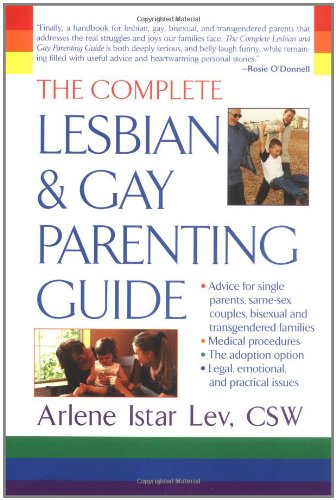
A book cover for The Complete Lesbian and Gay Parenting Guide; Arlene Istar Lev; Gay & Lesbian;